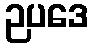
ဉပဒေ